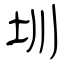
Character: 圳